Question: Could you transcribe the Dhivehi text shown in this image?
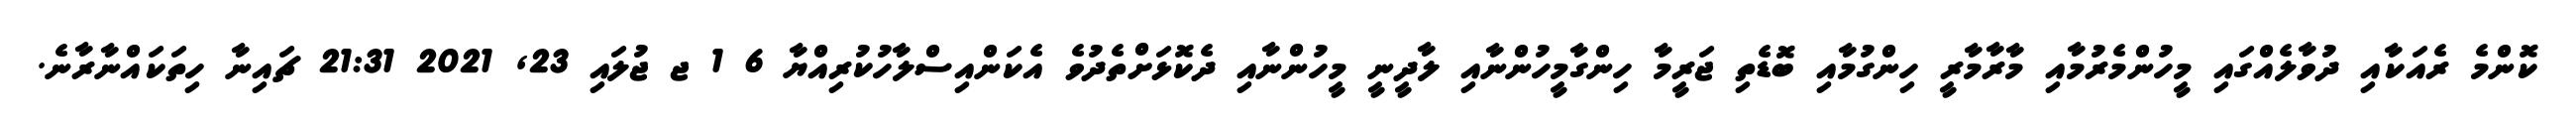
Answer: ކޮންމެ ރެއަކާއި ދުވާލެއްގައި މީހުންމެރުމާއި މާރާމާރީ ހިންގުމާއި ބޮޑެތި ޖަރީމާ ހިންގާމީހުންނާއި ލާދީނީ މީހުންނާއި ދެކޮޅަށްތެދުވެ އެކަންއިސްލާހުކުރިއްޔާ 6 1 ޖ ޖުލައި 23, 2021 21:31 ޗައިނާ ހިތަކައްނާރާނެ.